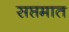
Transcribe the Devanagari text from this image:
सप्तमात